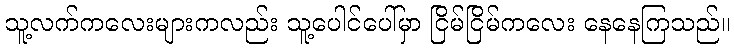
သူ့လက်ကလေးများကလည်း သူ့ပေါင်ပေါ်မှာ ငြိမ်ငြိမ်ကလေး နေနေကြသည်။